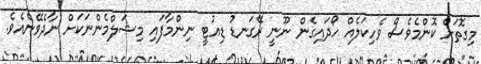
މިގޮތަށް ކޮންމެވެސް ވެހިކަލެއް ހޯދައިގެން ނޫނީ ރޭގަނޑު ޑިއުޓީ ނިންމާފައި މިޝަލްމެންނަކަށް ނާދެވޭނެއެވެ.